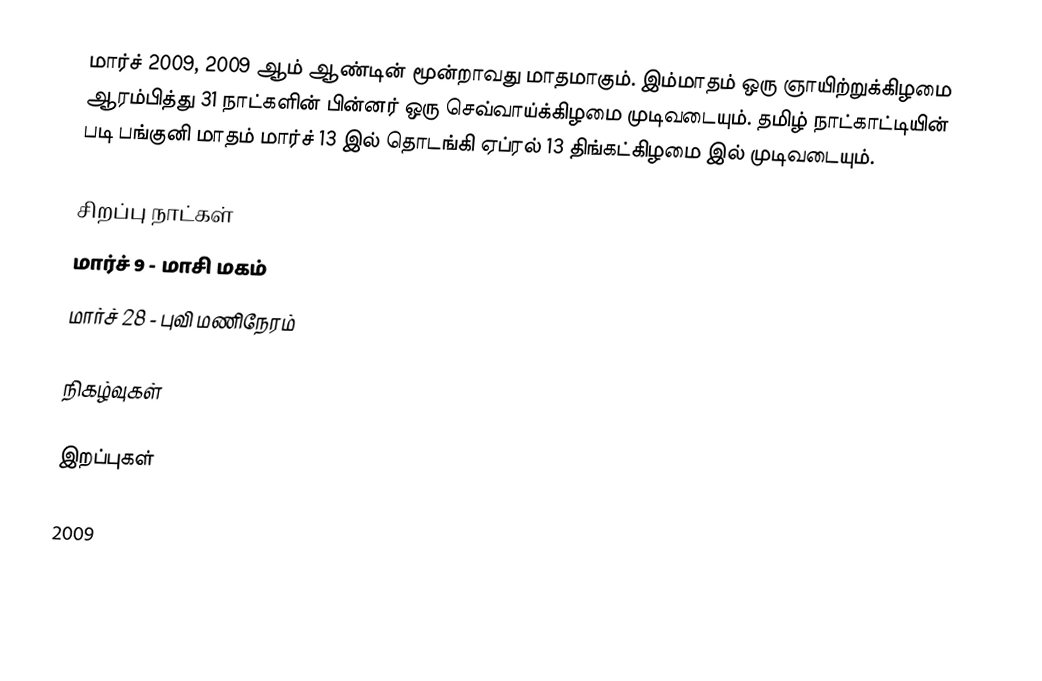
மார்ச் 2009, 2009 ஆம் ஆண்டின் மூன்றாவது மாதமாகும். இம்மாதம் ஒரு ஞாயிற்றுக்கிழமை ஆரம்பித்து 31 நாட்களின் பின்னர் ஒரு செவ்வாய்க்கிழமை முடிவடையும். தமிழ் நாட்காட்டியின் படி பங்குனி மாதம் மார்ச் 13 இல் தொடங்கி ஏப்ரல் 13 திங்கட்கிழமை இல் முடிவடையும்.

சிறப்பு நாட்கள்
 மார்ச் 9 - மாசி மகம்
 மார்ச் 28 - புவி மணிநேரம்

நிகழ்வுகள்

இறப்புகள்

2009